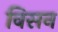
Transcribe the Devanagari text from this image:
विसन